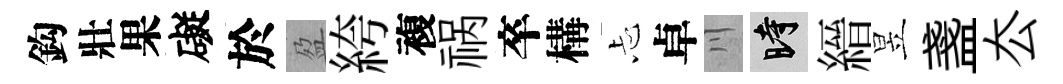
鈎壯果礙於盈絝複祸卒構忐卓川时縉昱盞厺